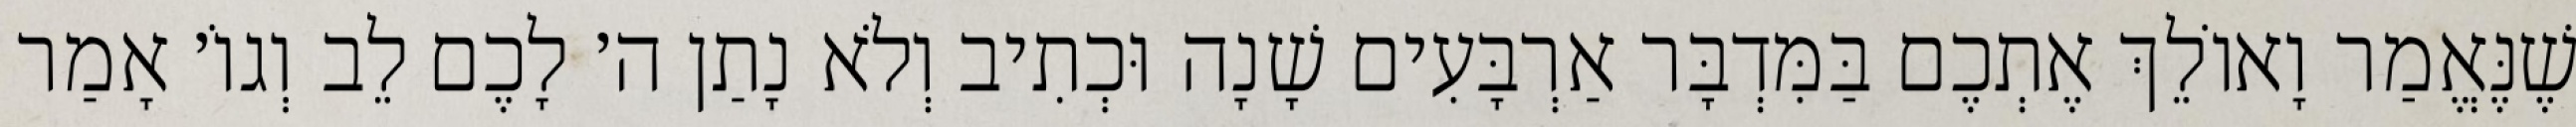
שֶׁנֶּאֱמַר וָאוֹלֵךְ אֶתְכֶם בַּמִּדְבָּר אַרְבָּעִים שָׁנָה וּכְתִיב וְלֹא נָתַן ה׳ לָכֶם לֵב וְגוֹ׳ אָמַר